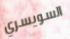
السويسري